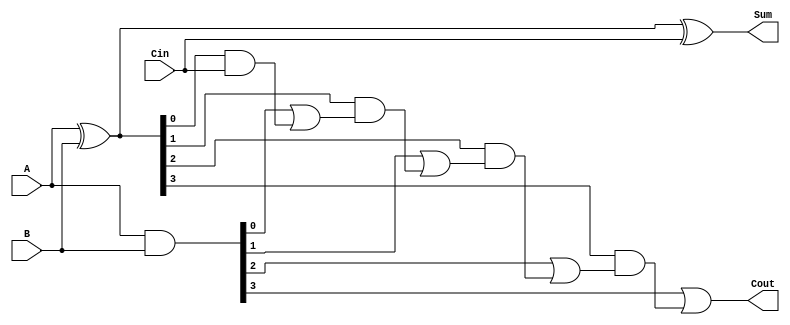
module CarryLookaheadAdder(
    input [3:0] A,
    input [3:0] B,
    input Cin,
    output [3:0] Sum,
    output Cout
);

wire [3:0] P;
wire [3:0] G;
wire [3:0] C;

assign P = A ^ B;
assign G = A & B;
assign C[0] = Cin;
assign C[1] = G[0] | (P[0] & C[0]);
assign C[2] = G[1] | (P[1] & C[1]);
assign C[3] = G[2] | (P[2] & C[2]);

assign Sum = A ^ B ^ Cin;
assign Cout = G[3] | (P[3] & C[3]);

endmodule